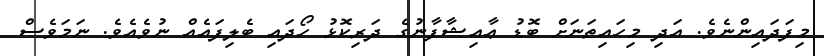
މިފަދައިންނެވެ. އަދި މިހައިތަނަށް ބޮޑު ޢާއިޝާފާނުގެ ދަރިކޮޅު ހޯދައި ބެލިފައެއް ނުވެއެވެ. ނަމަވެސް